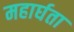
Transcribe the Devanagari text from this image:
महार्घता